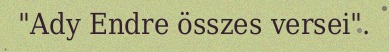
"Ady Endre összes versei".